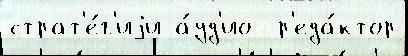
страт'е́г'иjи а́уд'ио  р'еда́ктор